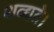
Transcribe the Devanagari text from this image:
शब्द्यते।